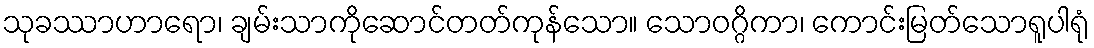
သုခဿာဟာရော၊ ချမ်းသာကိုဆောင်တတ်ကုန်သော။ သောဝဂ္ဂိကာ၊ ကောင်းမြတ်သောရူပါရုံ